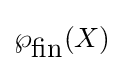
\wp _{\mbox{fin}}(X)